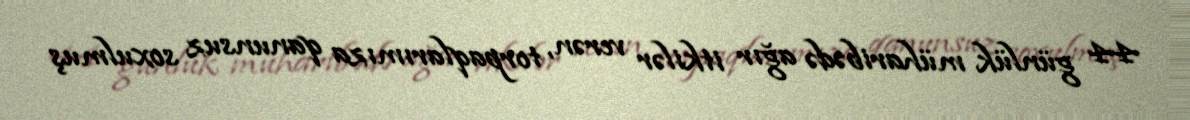
44 günlük müharibədə ağır itkilər verən, torpaqlarımıza qanunsuz soxulmuş